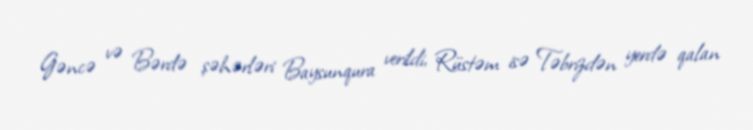
Gəncə və Bərdə şəhərləri Baysunqura verildi, Rüstəm isə Təbrizdən yerdə qalan